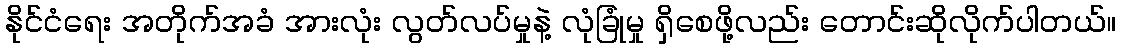
နိုင်ငံရေး အတိုက်အခံ အားလုံး လွတ်လပ်မှုနဲ့ လုံခြုံမှု ရှိစေဖို့လည်း တောင်းဆိုလိုက်ပါတယ်။